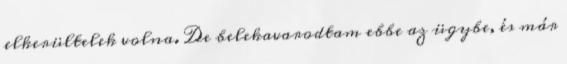
elkerültelek volna. De belekavarodtam ebbe az ügybe, és már